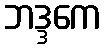
ဘဒ္ဒကေ